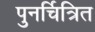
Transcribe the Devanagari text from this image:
पुनर्चित्रित